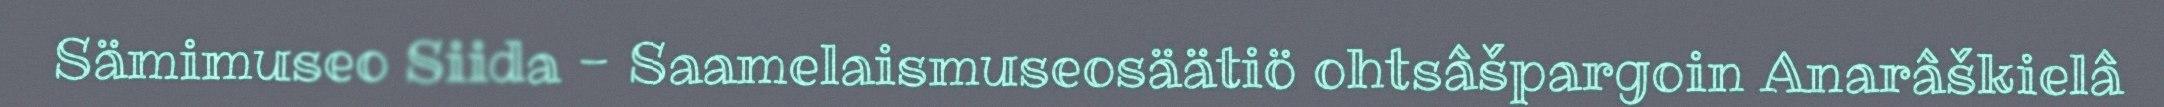
Sämimuseo Siida - Saamelaismuseosäätiö ohtsâšpargoin Anarâškielâ